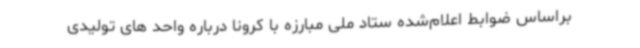
براساس ضوابط اعلام‌شده ستاد ملی مبارزه با کرونا درباره واحد های تولیدی